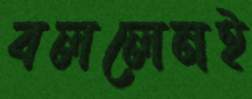
বললেনই